Lunatic asylums in Bengal annual reports 1899-1911 - 1899-1911
Year: 1899
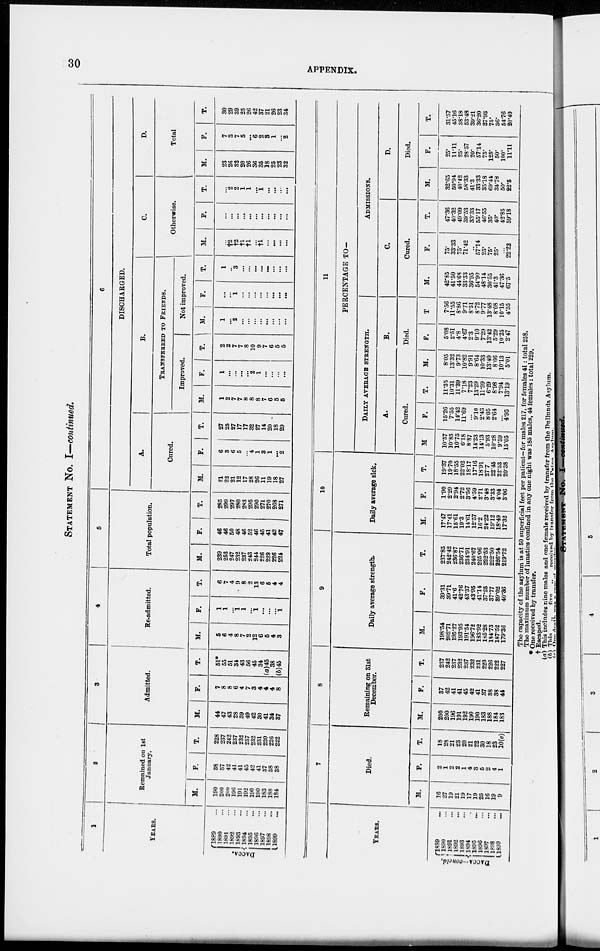
30
APPENDIX.
STATEMENT NO. I—continued.
1
YEARS.
DACCA.
1889 ...
1890 ...
1891 ...
1892 ...
1893 ...
1894 ...
1895 ...
1896 ...
1897 ...
1898 ...
1899 ...
2
Remained on 1st
January.
M.
190
200
200
196
191
192
190
190
183
188
184
F.
38
37
42
41
41
45
42
41
37
38
38
T.
228
237
242
237
232
237
232
231
220
226
222
3
Admitted.
M.
44
47
43
28
39
49
42
30
41
34
37
F.
7
8
8
6
4
7
3
4
4
4
8
T.
51*
55
51
34
43
56
45
34
(a) 45
38
(b)45
4
Re-admitted.
M.
5
6
4
8
7
2
12
6
5
4
3
F.
1
1
...
1
1
...
1
...
...
1
T.
6
7
4
9
8
2
13
6
5
4
4
5
Total population.
M.
239
253
247
232
237
243
244
226
229
226
221
F.
46
46
50
48
46
52
46
45
41
42
47
T.
285
299
297
280
283
295
290
271
270
268
271
6
DISCHARGED.
A.
Cured.
M.
21
22
21
12
17
28
26
11
19
18
27
F.
6
3
6
5
...
4
1
3
1
...
2
T.
27
25
27
17
17
32
27
14
20
18
29
B.
TRANSFERRED TO FRIENDS.
Improved.
M.
1
2
7
7
8
8
8
7
6
5
5
F.
1
...
...
...
...
2
1
...
...
...
...
T.
2
2
7
7
8
10
9
7
6
5
5
Not improved.
M.
1
...
2
...
...
...
...
...
...
...
...
F.
...
...
1
...
...
...
...
...
...
...
...
T.
1
...
3
...
...
...
...
...
...
...
...
C.
Otherwise.
M.
...
†2
†2
†1
†1
...
†1
...
...
...
...
F.
...
...
...
...
...
...
...
...
...
...
...
T.
...
2
2
1
1
...
1
...
...
...
...
D.
Total
M.
23
26
32
20
26
36
35
18
25
23
32
F.
7
3
7
5
...
6
2
3
1
...
2
T.
30
29
39
25
26
42
37
21
26
23
34
YEARS.
DACCA—concld.
1889 ...
1890 ...
1891 ...
1892 ...
1893 ...
1894 ...
1895 ...
1896 ...
1897 ...
1898 ...
1899 ...
7
Died.
M.
16
27
19
21
19
17
19
25
16
19
9
F.
2
1
2
2
1
4
3
5
2
4
1
T.
18
28
21
23
20
21
22
30
18
23
10(c)
8
Remaining on 31st
December.
M.
200
200
196
191
192
190
190
183
188
184
183
F.
37
42
41
41
45
42
41
37
38
38
44
T.
237
242
237
232
237
232
231
220
226
222
227
9
Daily average strength.
M.
198.54
202.71
195.27
193.95
191.54
196.72
183.92
185.28
184.73
187.52
179.36
F.
39.31
39.71
41.6
42.76
43.37
43.95
41.14
37.25
37.77
39.02
40.36
T.
237.85
242.42
236.87
236.71
234.91
240.67
225.06
222.53
222.50
226.54
219.72
10
Daily average sick.
M.
17.47
17.41
15.61
19.3
14.61
12.57
16.2
24.22
19.12
18.49
17.32
F.
1.90
2.29
2.94
2.72
3.56
4.59
2.71
3.48
3.33
4.04
3.06
T.
19.37
19.70
18.55
22.02
18.17
17.16
18.91
27.7
22.45
22.53
20.38
11
PERCENTAGE TO—
DAILY AVERAGE STRENGTH.
A.
Cured.
M.
10.57
10.85
10.75
6.18
8.87
14.23
14.13
5.93
10.28
9.59
15.05
F.
15.26
7.55
14.42
11.69
...
9.10
2.43
8.05
2.64
...
4.95
T.
11.35
10.31
11.39
7.18
7.23
13.29
11.99
6.29
8.98
7.94
13.19
B.
Died.
M.
8.05
13.32
9.73
10.82
9.91
8.64
10.33
13.49
8.66
10.13
5.01
F.
5.08
2.51
4.8
4.67
2.3
9.10
7.29
1342
5.29
10.25
2.47
T.
7.56
11.55
8.86
9.71
8.51
8.72
9.77
13.48
8.08
10.15
4.55
ADMISSIONS.
C.
Cured.
M.
42.85
41.50
44.68
33.33
36.95
54.90
48.14
30.55
41.3
47.36
67.5
F.
75.
33.33
75.
71.42
...
57.14
25.
75.
25.
...
22.22
T.
47.36
40.32
49.09
39.53
33.33
55.17
46.55
35.
40.
42.85
59.18
D.
Died.
M.
32.65
50.94
40.42
58.33
41.3
33.33
35.18
69.44
34.78
50.
22.5
F.
25.
11.11
25.
28.57
20.
57.14
75.
125.
50.
100.
11.11
T.
31.57
45.16
38.18
53.48
39.21
36.20
37.93
75.
36.
54.76
20.40
The capacity of the asylum is at 50 superficial feet per patient—for males 217, for females 41 : total 258.
The maximum number of lunatics confined in any one night was 185 males, 44 females: total 229.
* One received by transfer.
† Escaped.
(a) This includes nine males and one female received by transfer from the Dullunda Asylum.
(b) This
„
five
„
received by transfer from the Patna Asylum.